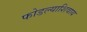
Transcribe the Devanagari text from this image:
फोडल्याशिवाय